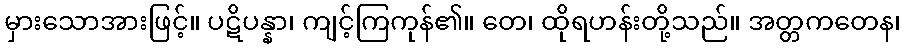
မှားသောအားဖြင့်။ ပဋိပန္နာ၊ ကျင့်ကြကုန်၏။ တေ၊ ထိုရဟန်းတို့သည်။ အတ္တကတေန၊